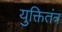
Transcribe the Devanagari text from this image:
युक्तितंत्र